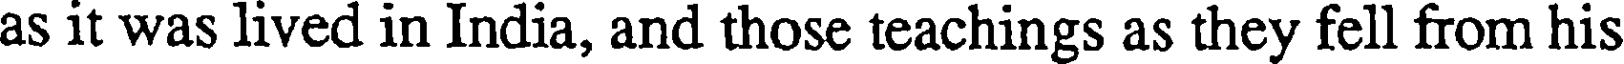
as it was lived in India, and those teachings as they fell from his